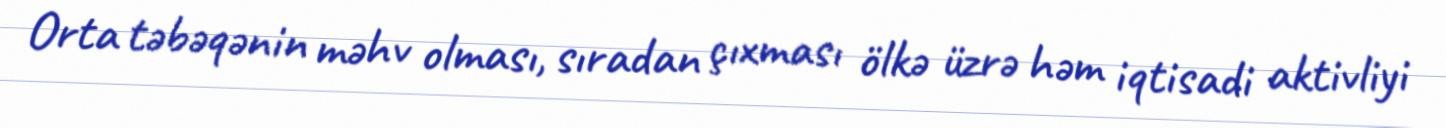
Orta təbəqənin məhv olması, sıradan çıxması ölkə üzrə həm iqtisadi aktivliyi